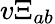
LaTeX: v\Xi_{ab}